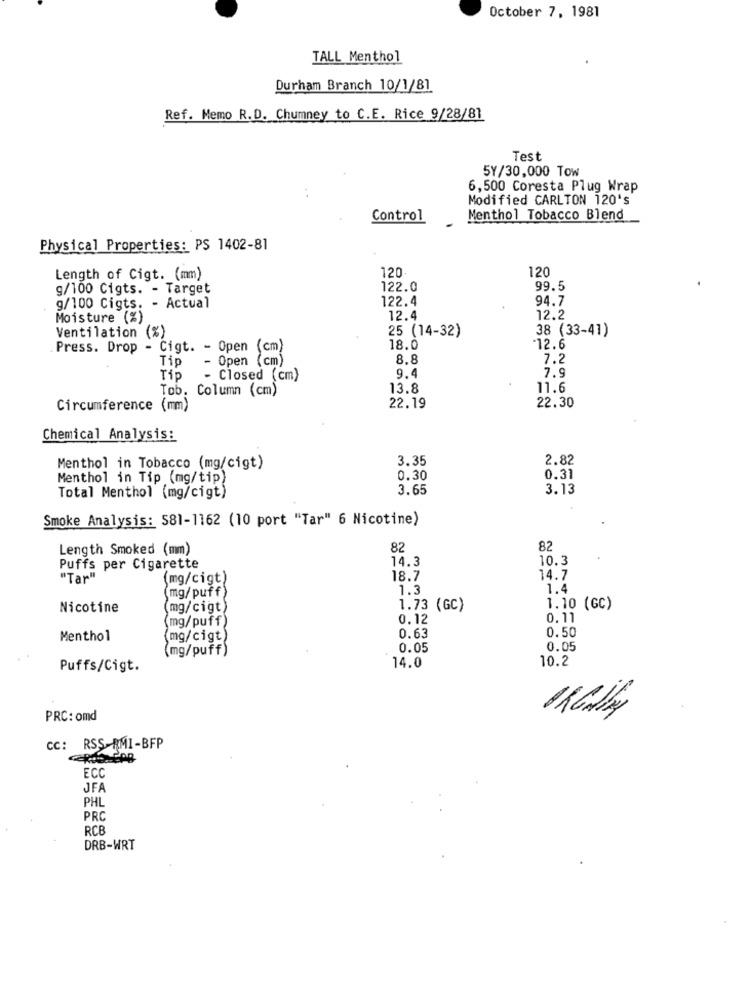
October 7, 1981
TALL Menthol
Durham Branch 10/1/81
Ref. Memo R.D. Chumney to C.E. Rice 9/28/81
Test
5Y/30,000 Tow
6,500 Coresta Plug Wrap
Modified CARLTON 120's
Control
Menthol Tobacco Blend
Physical Properties: PS 1402-81
120
120
Length of Cigt. (mm)
g/100 Cigts. - Target
122.0
99.5
122.4
94.7
g/100 Cigts. - Actual
Moisture (%)
12.4
12.2
Ventilation (%)
25 (14-32)
38 (33-41)
Press. Drop - Cigt. - Open (cm)
18.0
12.6
Tip
Open (cm)
8.8
7.2
7.9
Tip
- Closed (cm)
9.4
Tob. Column (cm)
13.8
11.6
Circumference (mm)
22.19
22.30
Chemical Analysis:
3.35
2.82
Menthol in Tobacco (mg/cigt)
Menthol in Tip (mg/tip)
0.30
0.31
3.65
3.13
Total Menthol (mg/cigt)
Smoke Analysis: 581-1162 (10 port "Tar" 6 Nicotine)
Length Smoked (mm)
82
82
14.3
10.3
Puffs per Cigarette
"Tar"
(mg/cigt)
18.7
14.7
(mg/puff)
1.3
1.4
Nicotine
(mg/cigt)
1.73 (GC)
1.10 (GC)
(mg/puff)
0.12
0.11
0.50
Menthol
(mg/cigt)
0.63
(mg/puff)
0.05
0.05
10.2
Puffs/Cigt.
14.0
PRC: omd
CC: RSS-RMI-BFP
ECC
JFA
PHL
PRO
RCE
DRB-WRT